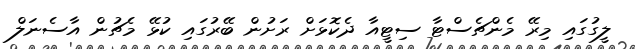
ލީގުގައި މިރޭ މެންޗެސްޓާ ސިޓީއާ ދެކޮޅަށް ރަށުން ބޭރުގައި ކުޅޭ މެޗުން އާސެނަލް